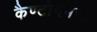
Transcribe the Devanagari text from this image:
कैण्टोनमैन्ट